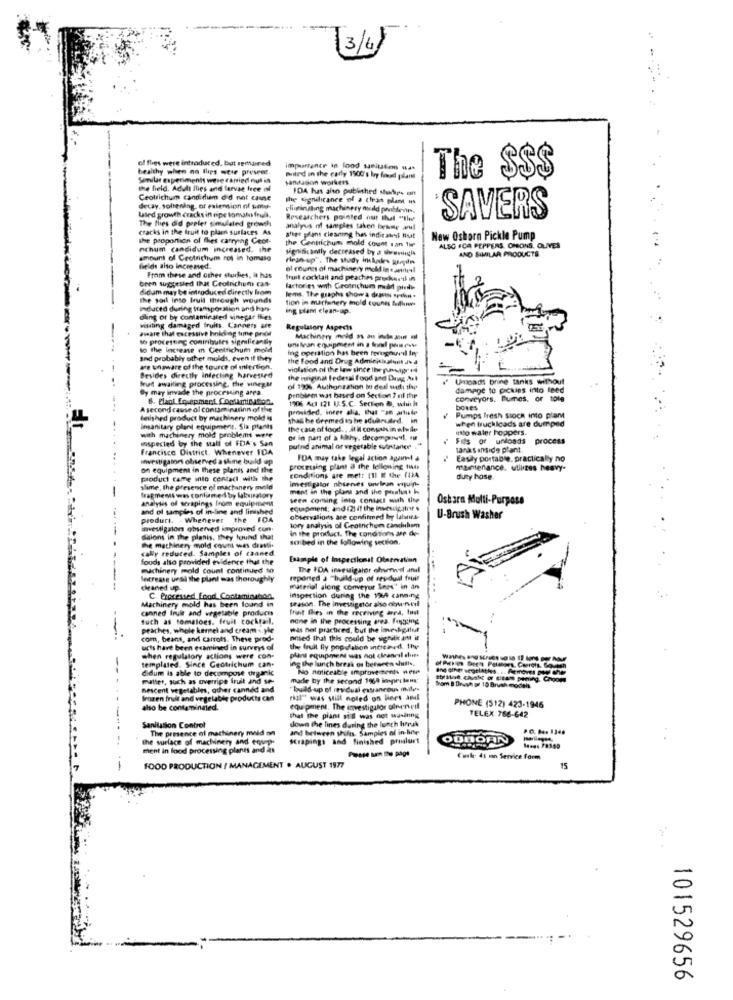
[3/4]
of flies were introduced, but remained
healthy when an flips were present.
importance in lood sanitation wat
Similar experiments were carried nul in
Bited in the early 1900's lry fined palan
sandason workers.
The $$$
the field. Adult flies and larvae free of
FDA has also published stups ont
Ceotrichum candidum d'd not cause
the Significance of a clean pland Hs
decay. sollning, of extension of some-
eliminating machinery mudd povblevin.
The thes did prelet simulaled growth
Laled growth cracks in ppe tomatos fruit.
Researchers pointed out that "this
SAVERS
cracks in the fruit to plaen surfaces As
analyus of samples taken boetme wul
the proportion of fles carrying Ceor-
shet plans cleaning has indir att Hut
the Gentrichum mold count san tur
New Oshorn Pickle Pump
nchum candidum increased. the
significantly decreased by a wwwminis
ALSO FCA PEPPERS, ONIONS, OLIVES
AND SIMILAR PRODUCTS.
..
amount of Ceotrichum not in tomato
clean-up", The study inkales john
fields also increased.
el counes of machinery mold in « annual
been suggested that Geolnichuni cas-
From these and other sturlies, it has
Innt cocktail and peaches prockwe'd in
didam may be introduced directly from
factories with Crotchum mead piedie
The soil into fruit through wounds
tion in martunery mold counes felles
lems. The graphs show a drains spahn .
ndated during Ifanspor Mion and han-
ing plam clean-up.
dling or by contaminated vinegar flies
#weare that excessive holding time pinot
visiting damaged fruits. Canners are
Regulatory Aspects
to procesting contributes significantly
Machinery mold PS an incle ant of
to the increase in Centsichum mold
ing operation has been ferognuvil Iny
une lean equipment in a fond pous rose
and probably other molds, even if they
the food and Drug Adminiszlunt .. .
we unaware of the source of mniertion.
violation of the law since the puntgr're
Besides directly infecting harvested
freut awaiting processing, the vinegar
the mriginal federal food and Drug Art
Unloads brine tanks without
By may invade the processing area.
of 1996. Author ization to deal with the
damage to pickles into leed
6. Elant Enpapment Contamination.
problem was based on Section ? el the
1906 Act 121 U.S.C. Section &, which
conveyors. Bumes, or tole
tiple
A second cause of contaminasinn of the
provided, inter alia, that "an article
boxes
deished product by machinery mold is
shas be deemed to he aduacuird. in
Pumps fresh stock into plam
when truckloads are dumped
with machinery mold problems were
insanitary plant equipment, Six plants
the case of food ., at I conpaksin afwile
into waler hoppers.
mspected by the stall of FDA's San
of in part of a kathy. decompresi. fr
Fils of undosds process
francisco District. Whenever IDA
putnd animal or vegetable sulinstaner
tanks inside plant
investigators observed a slime build up
FDA may take legal action apart a
Easy portable, practically no
on equipment in these plants and the
processing plant a the lelloning tid
maintenance. utilizes heavy-
product came mio contact with the
imestigator nbienes undlaan erjuin-
conditions are met: (11 E the fl)4
duty hose
slime, the presence of machinery meld
ment in the plans and the preaturt ho
analysis of scrapings from equipment
fragments was conliamed by laboratory
seen coming into contact with the
Ostara Multi-Purpose
and of samples of in-line and linished
equipment; and (2) if the investigainr $
product. - Whenever the FDA
observations are confirmed by lalanea-
U-Brush Washer
investigaion observed improved con.
tory analysis of Geotrichom cancubom
in the product. The conditions are de-
daions in the planis, they found that
suibed in the following section.
cally reduced. Samples of canned.
the machinery mold count was drasti-
foods also provided evidence that the
Example of Inspectiemal Oteervation
machinery mold count continued to
The IDA insesigalor chvrwof andl
Increase unsi the plant was thoroughly
reported a "build-up of residual fruir
cleaned up.
material along conveyor Inns" in an
Machinery mold has been found in
C Processed Food Contaminabon,
inspection during the 124 canning
season. The investigator sho obunved
canned fruit and vegetable produces
fruit flies in the receiving arra, tout
Such as tomatoes, fruit cocktail,
none in the processing area. Fengting
peaches, whole kerel and cream .. yle
was not practiced, but the imeskgalut
com, beans, and carrots. These prod-
Died that this could be significant it
ucts have been examined in surveys of
the fruit fly population intreard. the
when regulatory actions were con-
templated. Since Geotrichum can-
plant equipment was not cleancal eles
ing the lunch break os between shifte.
didum is able to decompose organic
No noticeable improve ments nese
muller, such as overripe fruit and se-
made by the second 1969 inpri ant:
nescent vegetables, other canned and
"build up of ievidual extraneous milles
Brom B Druh of 10 Brush models
frozen fruit and vegetable products ca
rial" was still noled on liers aml
also be contaminated.
equipment. The investigator ofreneil
PHONE (512) 423-1946
TELEX 766-642
that the plant still was net wasining
down the lines during the lunch horsk
Sanitation Control
The presence of machinery maid on
and between shifts Samples of in-line
the surface of machinery and coups
scrapings and finished prodlurt
BBORN
ment in food processing plants and as
Cual 4t nn Service form
FOOD PRODUCTION / MANAGEMENT . AUGUST 1977
15
101529656